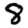
Digit: 8